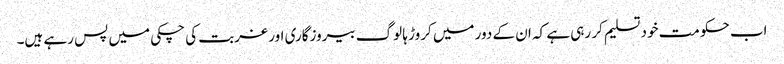
اب حکومت خود تسلیم کر رہی ہے کہ ان کے دور میں کروڑ ہا لوگ بیروزگاری اور غربت کی چکی میں پس رہے ہیں۔